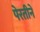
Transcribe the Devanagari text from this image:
पेरतीने